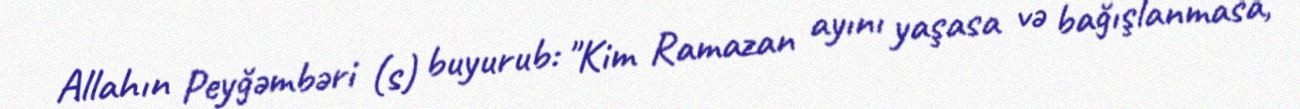
Allahın Peyğəmbəri (s) buyurub: "Kim Ramazan ayını yaşasa və bağışlanmasa,